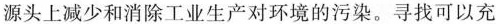
源头上减少和消除工业生产对环境的污染。寻找可以充